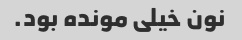
نون خیلی مونده بود.